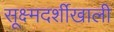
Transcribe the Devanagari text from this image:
सूक्ष्मदर्शीखाली